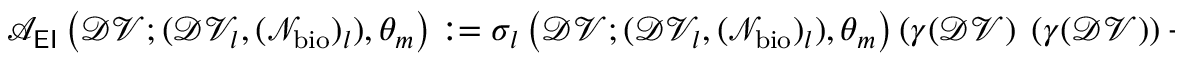
\begin{array} { r } { \mathcal { A } _ { \sf E I } \left( \mathcal { D V } ; ( \mathcal { D V } _ { l } , ( \mathcal { N } _ { \mathrm { b i o } } ) _ { l } ) , \theta _ { m } \right) : = \sigma _ { l } \left( \mathcal { D V } ; ( \mathcal { D V } _ { l } , ( \mathcal { N } _ { \mathrm { b i o } } ) _ { l } ) , \theta _ { m } \right) \left( \gamma ( \mathcal { D V } ) { \bf \Phi } \left( \gamma ( \mathcal { D V } ) \right) + \mathfrak { N } \left( \gamma ( \mathcal { D V } ) ; 0 , 1 \right) \right) } \end{array}